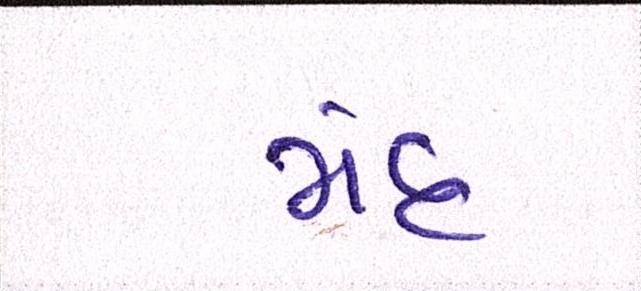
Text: મંદ